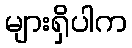
များရှိပါက